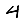
Digit: 4